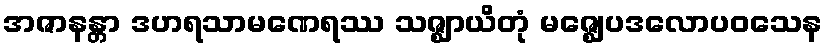
အဇာနန္တာ ဒဟရသာမဏေရဿ သဇ္ဈာယိတုံ မဇ္ဈေပဒလောပဝသေန